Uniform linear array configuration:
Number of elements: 16
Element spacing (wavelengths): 0.75
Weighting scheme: hann
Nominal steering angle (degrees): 15
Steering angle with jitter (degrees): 13.005
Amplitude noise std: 0.05
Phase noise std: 0.05

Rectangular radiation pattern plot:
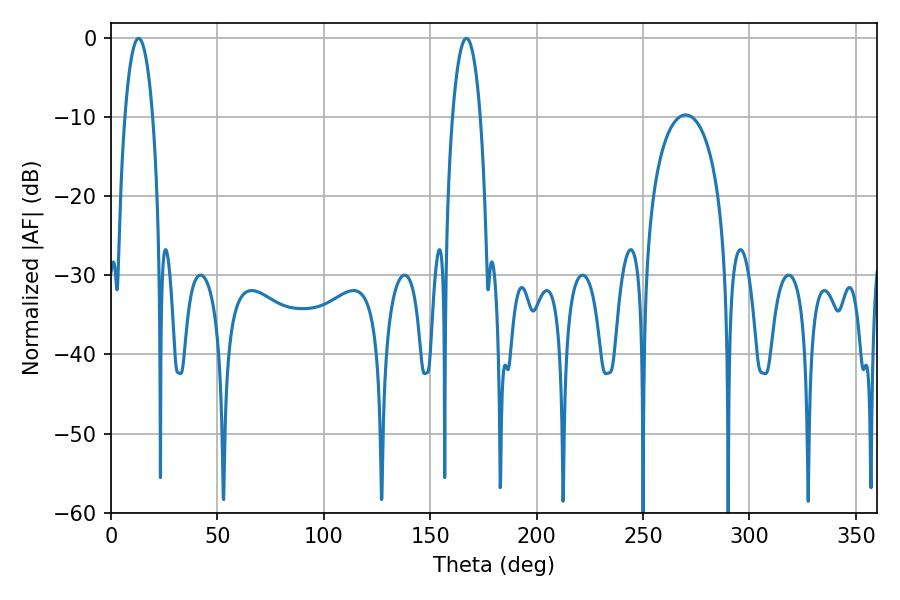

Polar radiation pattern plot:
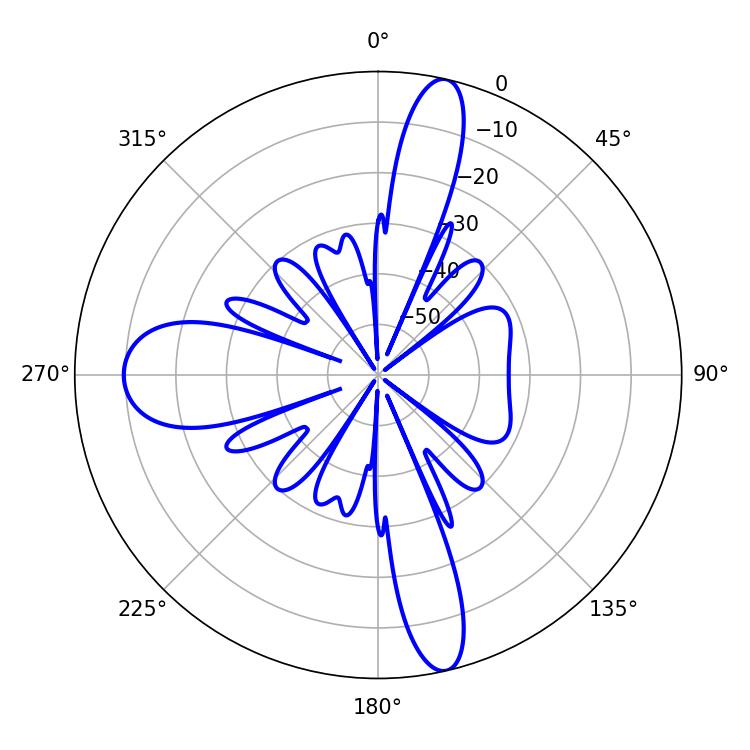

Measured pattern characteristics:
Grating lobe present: TRUE
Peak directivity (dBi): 18.733
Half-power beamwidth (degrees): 7.38
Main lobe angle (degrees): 167.04